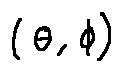
( \theta , \phi )